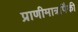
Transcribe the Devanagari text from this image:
प्राणीमात्रांपैकी